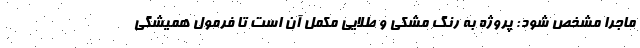
ماجرا مشخص شود: پروژه به رنگ مشکی و طلایی مکمل آن است تا فرمول همیشگی